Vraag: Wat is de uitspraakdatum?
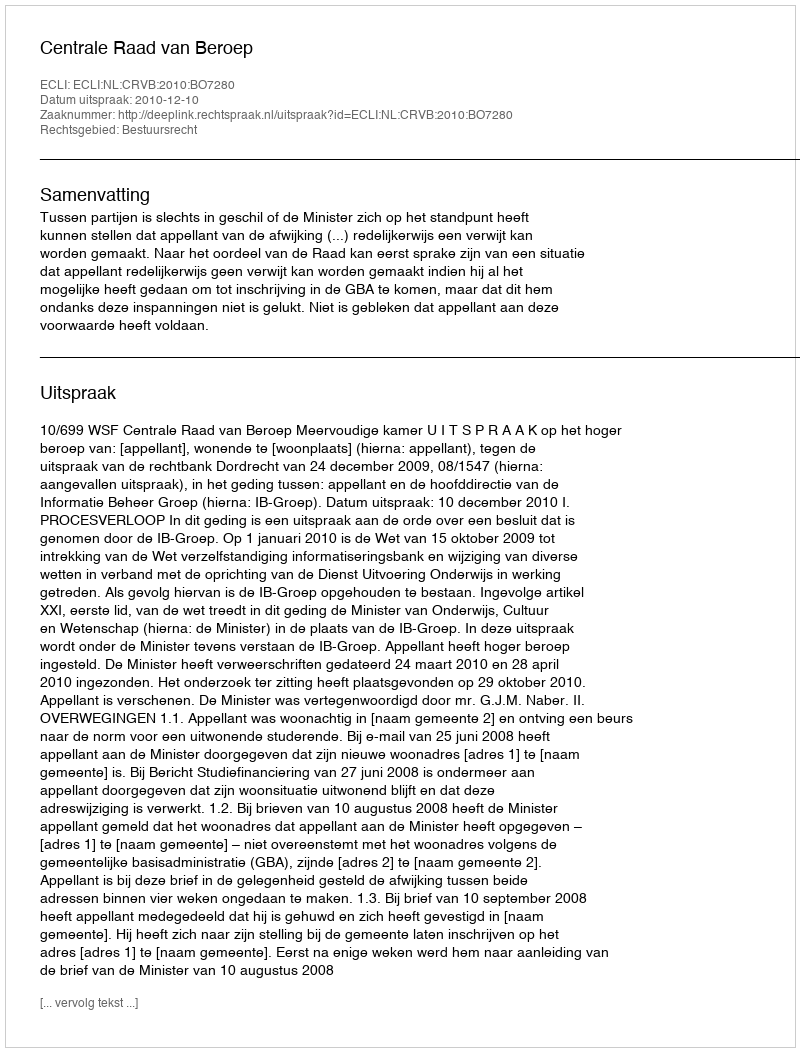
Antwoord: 2010-12-10